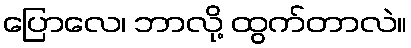
ပြောလေ၊ ဘာလို့ ထွက်တာလဲ။